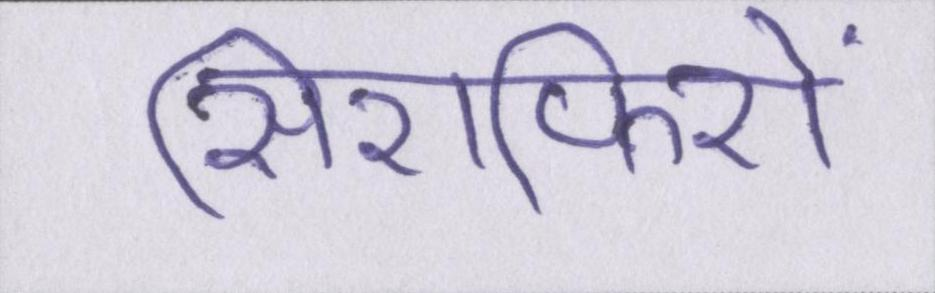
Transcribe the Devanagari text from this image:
सिरफिरों